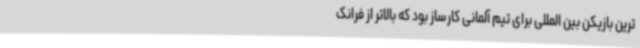
ترین بازیکن بین المللی برای تیم آلمانی کارساز بود که بالاتر از فرانک